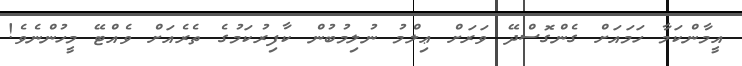
އީމާންކަމާ ހަމައަށް ގެންގޮސްދޭ ވަރަށް ޢިލްމު ނުލިމުބުން ކާފިރުކަމުގެ ތެރެއަށް ވެއްޓޭ މީހުންނެވެ!